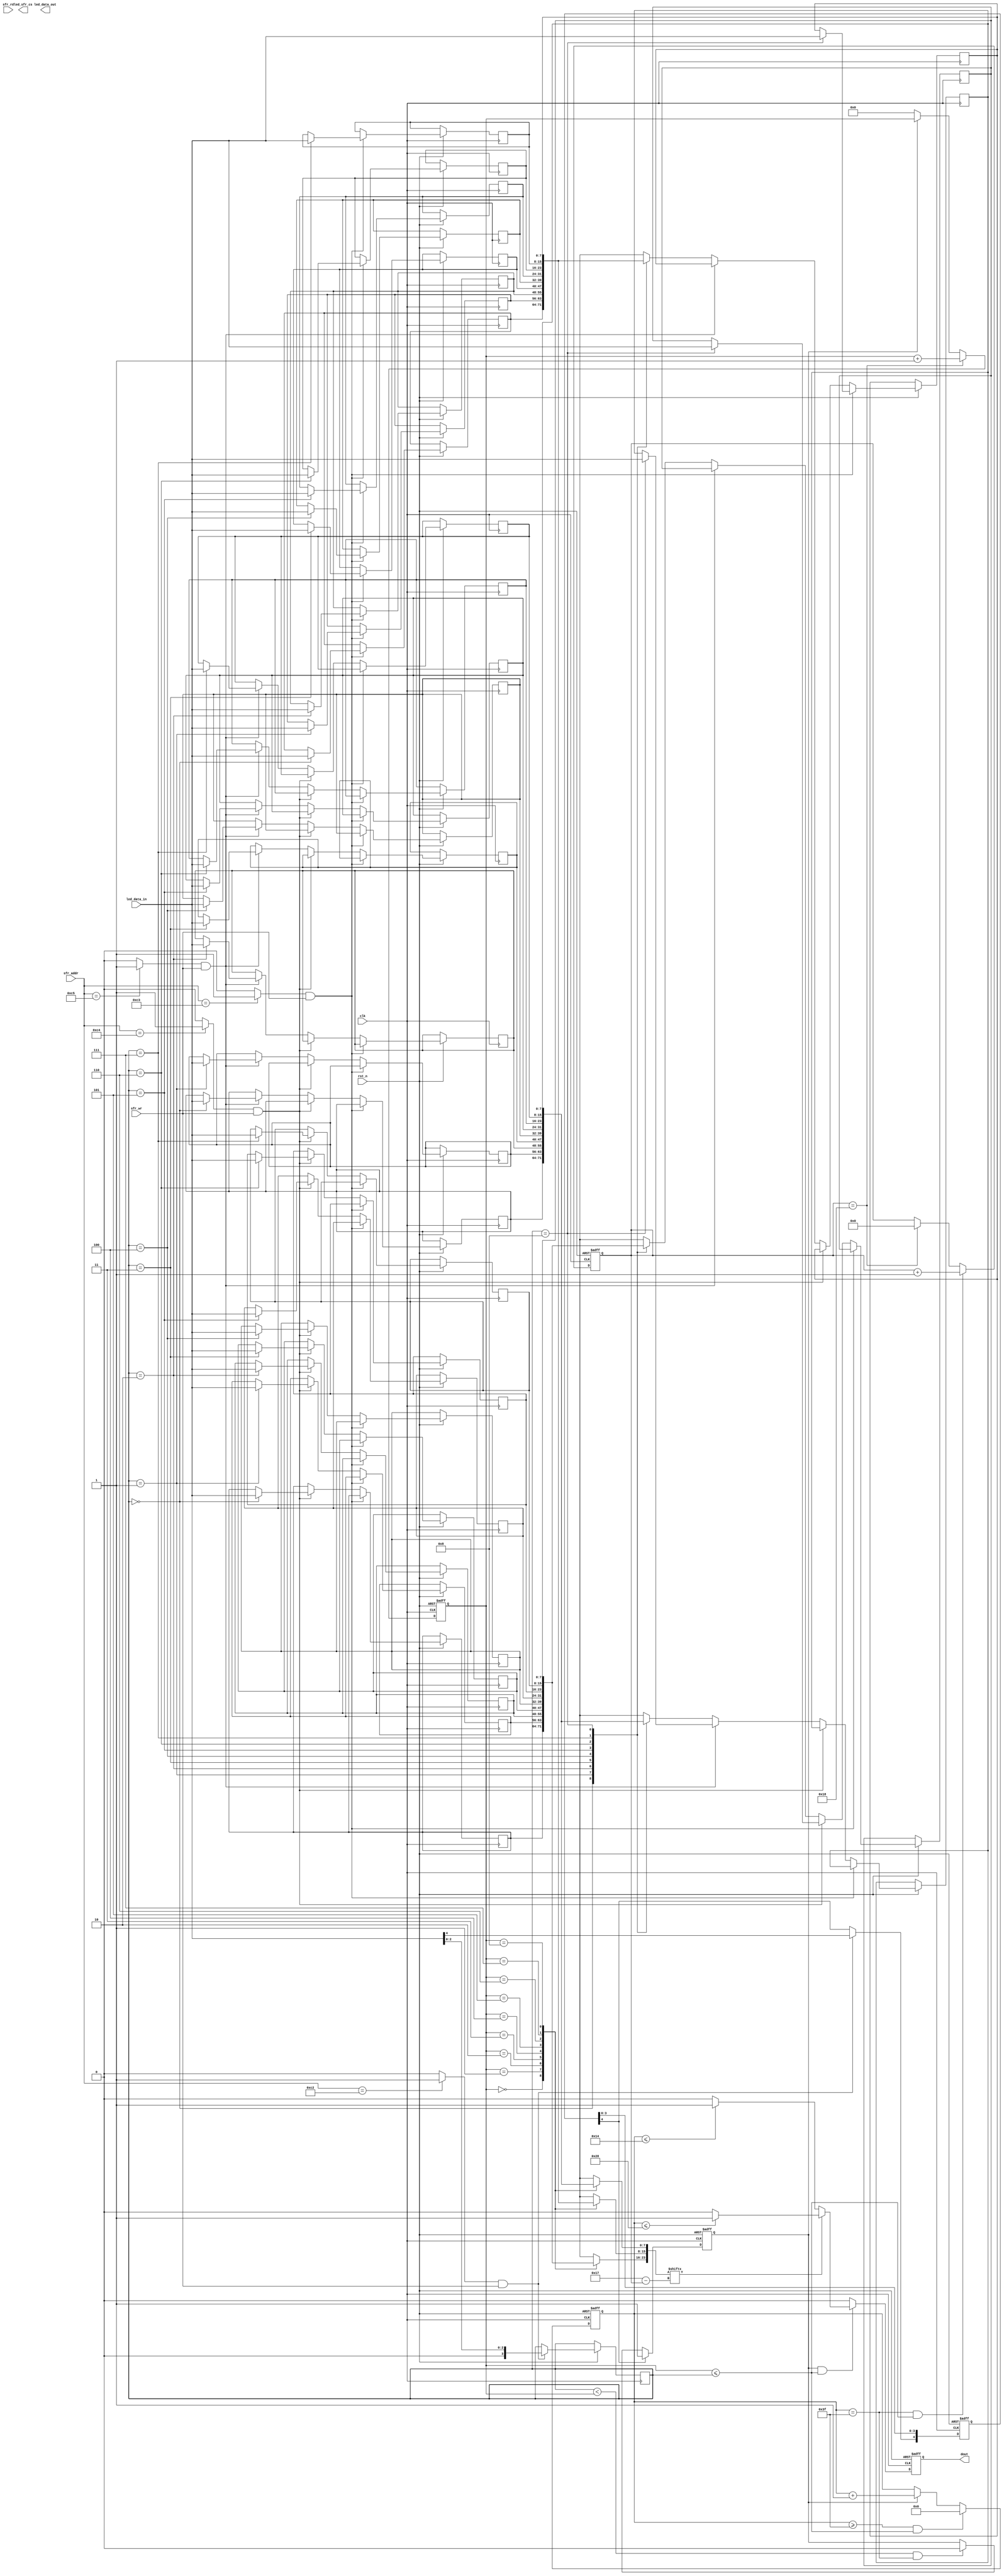
module LED_v2(
			clk,
			rst_n,
			sfr_addr,
			led_sfr_cs,
			led_data_in,
			led_data_out,
			sfr_wr,
			sfr_rd,
			dout
			);

input clk;
input rst_n;
input [7:0]sfr_addr;
input [7:0]led_data_in;
input sfr_wr;
input sfr_rd;

output led_sfr_cs;
output [7:0]led_data_out;
output dout;

wire led_sfr_cs;
reg [7:0]led_data_out;
reg dout;

wire led_control_cs;
wire red_cs;
wire green_cs;
wire blue_cs;
wire key_status_cs;
wire led_control_wr;
wire led_control_rd;
wire red_wr;
wire green_wr;
wire blue_wr;


reg  [4:0]led_control_data;
wire [23:0]data_temp;
reg	 [7:0]blue_data[8:0];
reg	 [7:0]red_data[8:0];
reg	 [7:0]green_data[8:0];
reg  [3:0]led;
reg  [3:0]led_temp;
reg  [31:0]logic_count;
reg  [4:0]bit_count;
reg  start;


assign led_control_cs	= (sfr_addr==8'hC2) ? 1: 0 ;
assign red_cs 			= (sfr_addr==8'hC3) ? 1: 0 ;
assign green_cs 		= (sfr_addr==8'hC4) ? 1: 0 ;
assign blue_cs 			= (sfr_addr==8'hC5) ? 1: 0 ;
assign key_status_cs 	= (sfr_addr==8'hC6) ? 1: 0 ;

assign led_control_wr	= led_control_cs	& sfr_wr ;
assign red_wr			= red_cs 			& sfr_wr ;
assign green_wr			= green_cs 			& sfr_wr ;
assign blue_wr			= blue_cs			& sfr_wr ;

always@(posedge clk or negedge rst_n) begin //read control
	if(!rst_n)
		led_control_data<=0;
	else begin	
		if(led_control_wr)begin
			led	<= led_data_in[2:0];
			led_control_data[4]		<= led_data_in[4]  ; 		
		end
	end
end

always@(posedge clk or negedge rst_n) begin 
	if(!rst_n)begin
	end
	else begin
		if(red_wr)
			red_data[led]<=led_data_in;
		else if(green_wr)
			green_data[led]<=led_data_in;
		else if(blue_wr)
			blue_data[led]<=led_data_in;
		else begin
			red_data[8]		<=red_data[led];
			green_data[8]	<=green_data[led];
			blue_data[8]	<=blue_data[led];
		end
	end
end

always@(posedge clk or negedge rst_n) begin 
	if(!rst_n)
		led_temp<=0;
	else begin
		if( bit_count == 24 )
			led_temp<=led_temp+1;
		else if (start == 0 )
			led_temp<=0;
	end
end

assign data_temp[7:0]	= blue_data[led_temp];
assign data_temp[15:8]	= red_data[led_temp];
assign data_temp[23:16]	= green_data[led_temp];

always@(posedge clk or negedge rst_n) begin
	if(!rst_n)
		logic_count<=0;
	else begin
		if(logic_count >= 63 && led_temp <= led)
			logic_count<=0;
		else if(start)
			logic_count<=logic_count+1;
	end
end

always@(posedge clk or negedge rst_n) begin
	if(!rst_n)
		start<=0;
	else begin
		if(led_control_data[4] == 1)
			start<=1;
		else if (led < led_temp && logic_count == 63)
			start<=0;
		
	end
end

always@(posedge clk or negedge rst_n) begin
	if(!rst_n)
		dout<=0;
	else begin
		if(start && led_temp <= led)begin
			if(data_temp[23-bit_count])begin
				if(logic_count<=40)
					dout<=1;
				else
					dout<=0;
			end
			else begin
				if(logic_count<=20)
					dout<=1;
				else
					dout<=0;
			end		
		end
		else
			dout <= 0;
	
	end
end

always@(posedge clk or negedge rst_n) begin
	if(!rst_n)
		bit_count<=0;
	else begin
		if(logic_count == 63 && led_temp <= led)
			bit_count<=bit_count+1;
		else if (bit_count == 24)
			bit_count<=0;
			
	end
end


endmodule